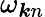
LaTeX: \omega_{\boldsymbol{k}n}